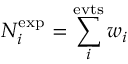
N _ { i } ^ { \mathrm { e x p } } = \sum _ { i } ^ { \mathrm { e v t s } } w _ { i }